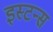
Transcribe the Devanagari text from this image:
इस्टन्स